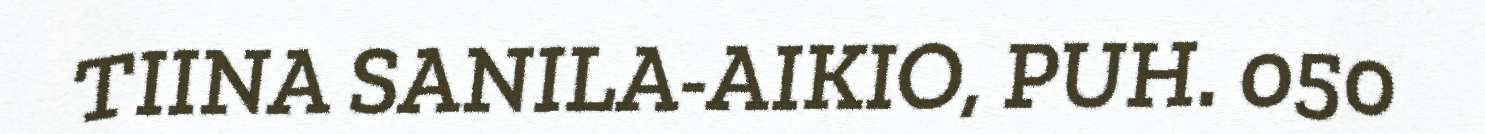
TIINA SANILA-AIKIO, PUH. 050